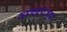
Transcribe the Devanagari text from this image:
अडथळ्यांच्या